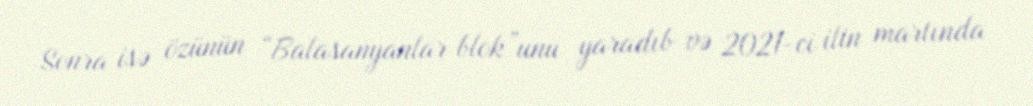
Sonra isə özünün “Balasanyanlar blok”unu yaradıb və 2021-ci ilin martında